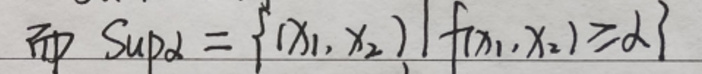
而$\ Sup_\alpha=\{(x_1,x_2)|f(x_1,x_2)\geq d\}$